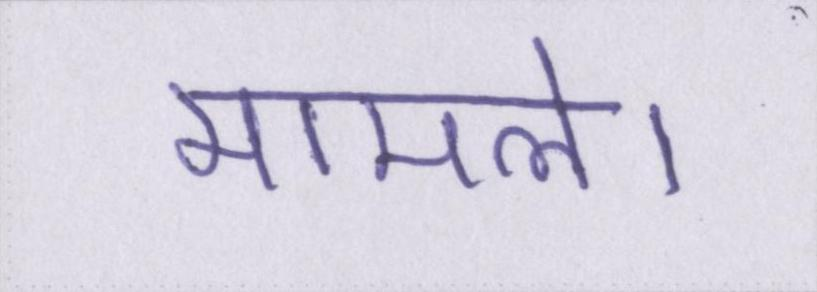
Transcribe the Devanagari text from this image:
मामले।